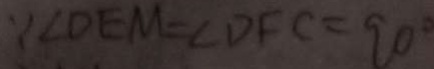
\because \angle D E M = \angle D F C = 9 0 ^ { \circ }